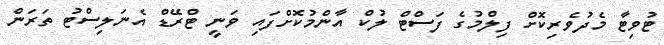
ޓުވިޓާ މެދުވެރިކޮށް ފިލްމުގެ ފަސްޓް ލުކް އާންމުކޮށްފައި ވަނީ ޓްރޭޑް އެނަލިސްޓު ތަރަން